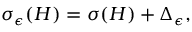
\begin{array} { r } { \sigma _ { \epsilon } ( H ) = \sigma ( H ) + \Delta _ { \epsilon } , } \end{array}